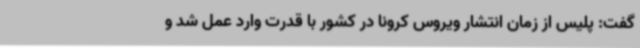
گفت: پلیس از زمان انتشار ویروس کرونا در کشور با قدرت وارد عمل شد و